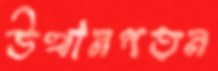
উত্থানপতন